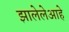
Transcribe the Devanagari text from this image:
झालेलेआहे